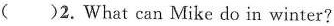
( ) 2. What can Mike do in winter?